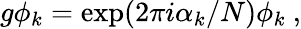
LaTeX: g\phi_{k}=\exp(2\pi i\alpha_{k}/N)\phi_{k}~,